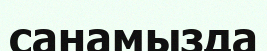
санамызда